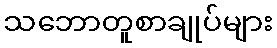
သဘောတူစာချုပ်များ